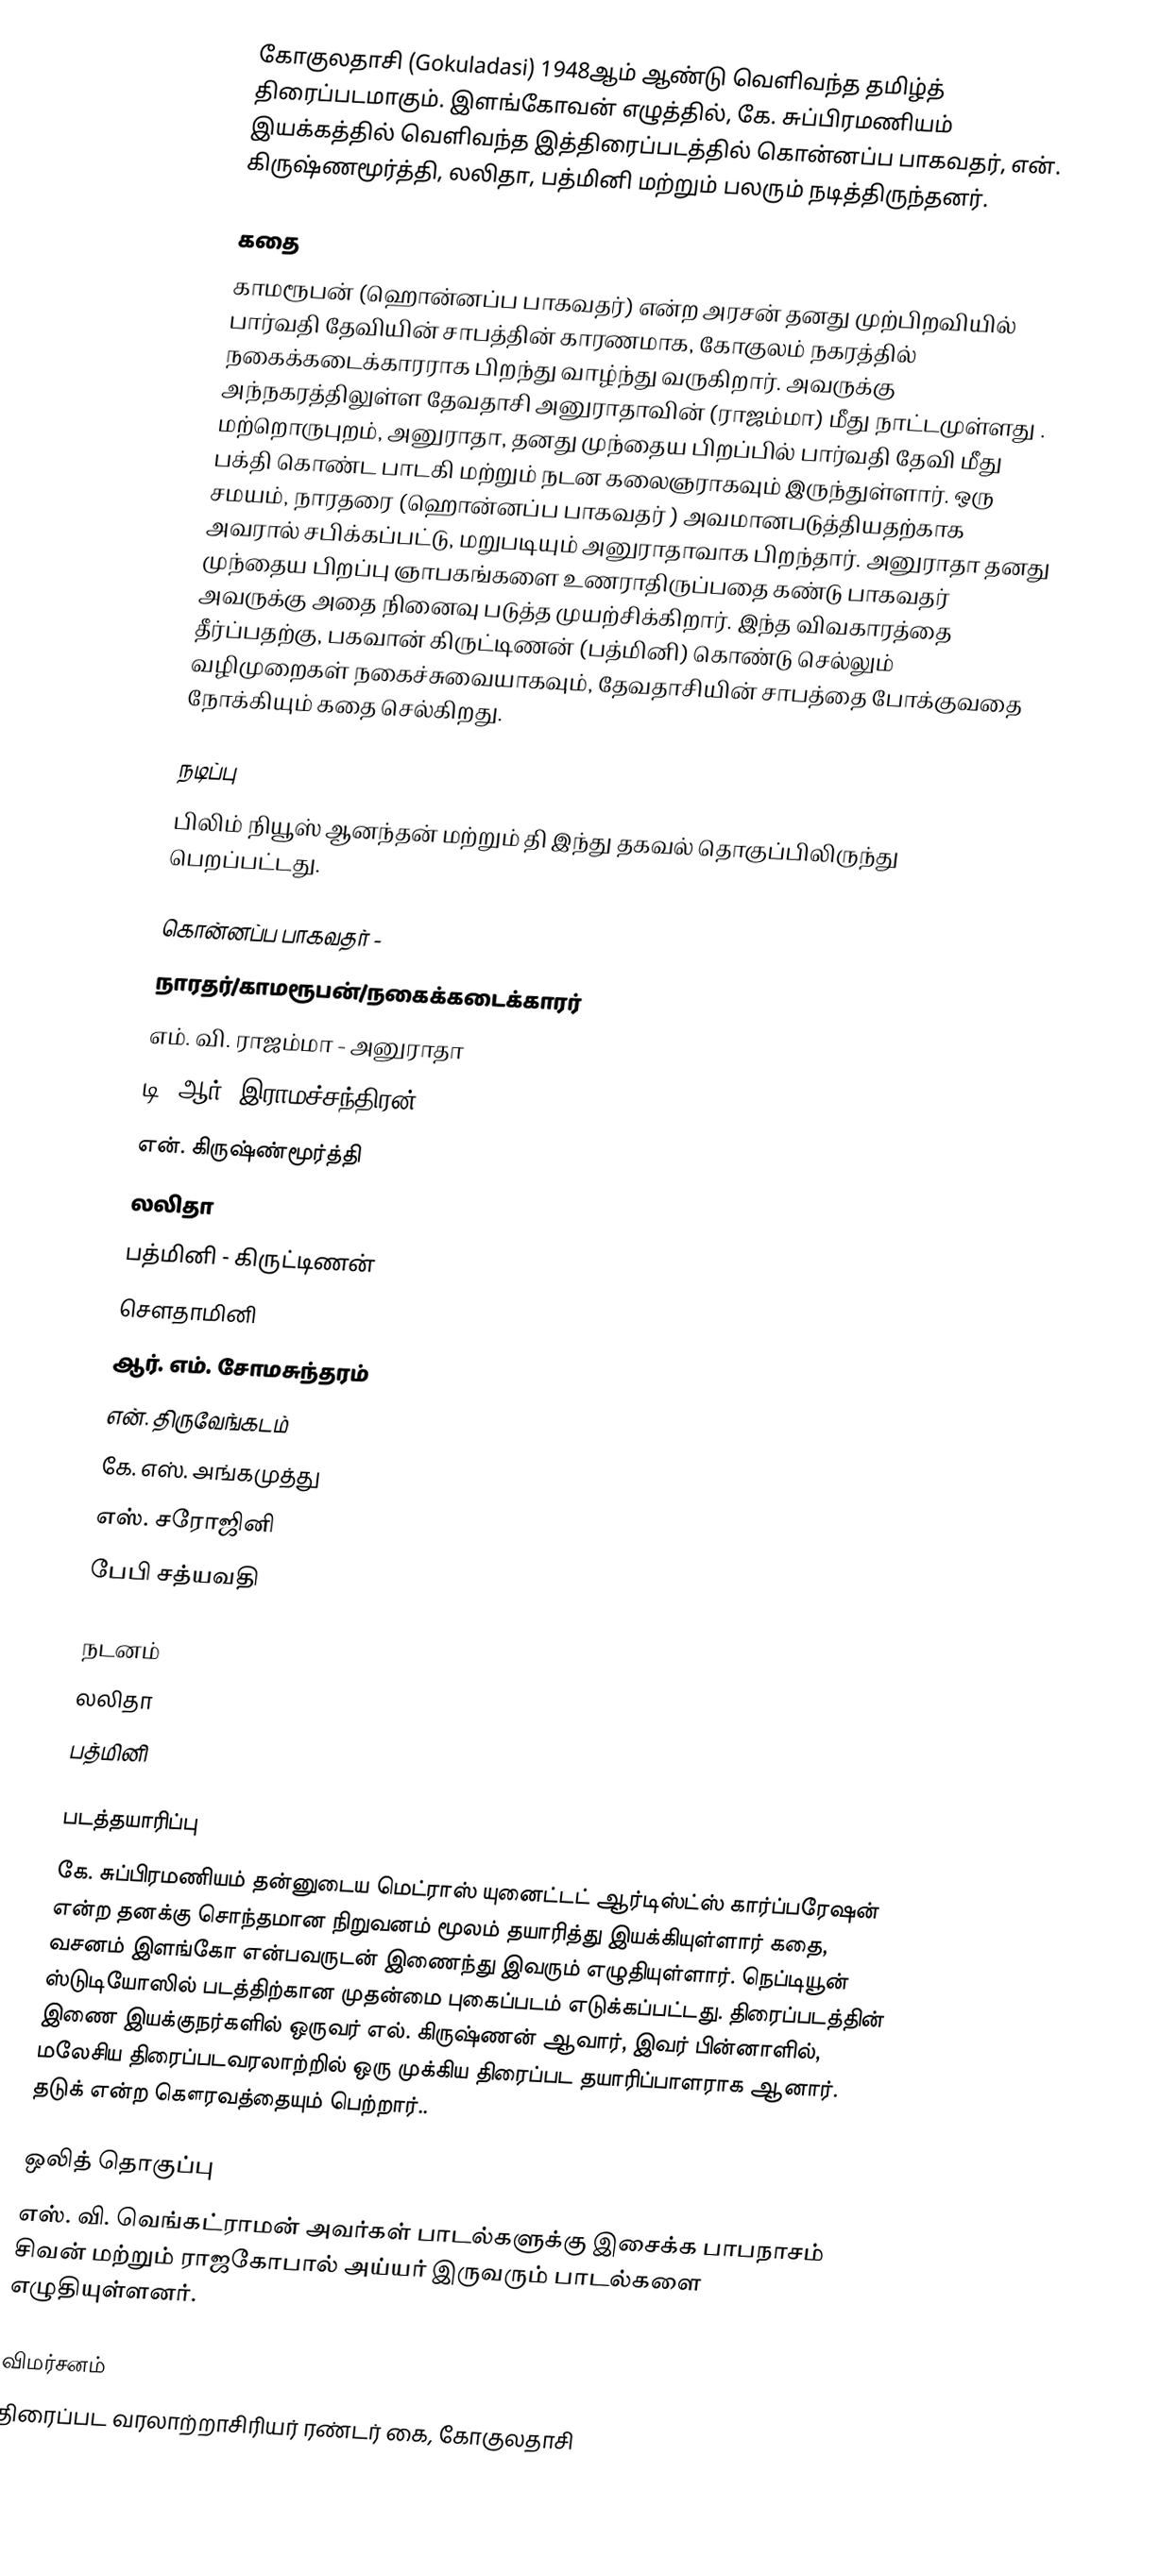
கோகுலதாசி (Gokuladasi)  1948ஆம் ஆண்டு வெளிவந்த தமிழ்த் திரைப்படமாகும்.  இளங்கோவன் எழுத்தில், கே. சுப்பிரமணியம் இயக்கத்தில் வெளிவந்த இத்திரைப்படத்தில் கொன்னப்ப பாகவதர், என். கிருஷ்ணமூர்த்தி, லலிதா, பத்மினி மற்றும் பலரும் நடித்திருந்தனர்.

கதை
காமரூபன் (ஹொன்னப்ப பாகவதர்) என்ற அரசன் தனது முற்பிறவியில் பார்வதி தேவியின் சாபத்தின் காரணமாக,  கோகுலம் நகரத்தில் நகைக்கடைக்காரராக பிறந்து வாழ்ந்து வருகிறார். அவருக்கு அந்நகரத்திலுள்ள தேவதாசி அனுராதாவின் (ராஜம்மா) மீது நாட்டமுள்ளது . மற்றொருபுறம்,  அனுராதா, தனது முந்தைய பிறப்பில் பார்வதி தேவி மீது பக்தி கொண்ட பாடகி மற்றும் நடன கலைஞராகவும் இருந்துள்ளார்.  ஒரு சமயம், நாரதரை (ஹொன்னப்ப பாகவதர் ) அவமானபடுத்தியதற்காக அவரால் சபிக்கப்பட்டு, மறுபடியும் அனுராதாவாக  பிறந்தார்.  அனுராதா தனது முந்தைய பிறப்பு ஞாபகங்களை உணராதிருப்பதை கண்டு பாகவதர் அவருக்கு அதை நினைவு படுத்த முயற்சிக்கிறார்.  இந்த விவகாரத்தை தீர்ப்பதற்கு, பகவான் கிருட்டிணன் (பத்மினி) கொண்டு செல்லும் வழிமுறைகள் நகைச்சுவையாகவும், தேவதாசியின் சாபத்தை போக்குவதை நோக்கியும் கதை செல்கிறது.

நடிப்பு
பிலிம் நியூஸ் ஆனந்தன் மற்றும்  தி இந்து தகவல் தொகுப்பிலிருந்து பெறப்பட்டது.

கொன்னப்ப பாகவதர் -
நாரதர்/காமரூபன்/நகைக்கடைக்காரர்
எம். வி. ராஜம்மா - அனுராதா
டி. ஆர். இராமச்சந்திரன்
என். கிருஷ்ண்மூர்த்தி
லலிதா
பத்மினி -  கிருட்டிணன்
செளதாமினி
ஆர். எம். சோமசுந்தரம்
என். திருவேங்கடம்
கே. எஸ். அங்கமுத்து
எஸ். சரோஜினி
பேபி சத்யவதி

நடனம்
லலிதா
பத்மினி

படத்தயாரிப்பு
கே. சுப்பிரமணியம் தன்னுடைய  மெட்ராஸ் யுனைட்டட் ஆர்டிஸ்ட்ஸ் கார்ப்பரேஷன் என்ற தனக்கு சொந்தமான நிறுவனம் மூலம் தயாரித்து இயக்கியுள்ளார்   கதை, வசனம் இளங்கோ என்பவருடன் இணைந்து இவரும் எழுதியுள்ளார். நெப்டியூன் ஸ்டுடியோஸில் படத்திற்கான முதன்மை புகைப்படம் எடுக்கப்பட்டது. திரைப்படத்தின் இணை இயக்குநர்களில் ஒருவர் எல். கிருஷ்ணன் ஆவார், இவர் பின்னாளில், மலேசிய திரைப்படவரலாற்றில் ஒரு முக்கிய திரைப்பட தயாரிப்பாளராக ஆனார். தடுக் என்ற கௌரவத்தையும் பெற்றார்..

ஒலித் தொகுப்பு
எஸ். வி. வெங்கட்ராமன் அவர்கள் பாடல்களுக்கு இசைக்க பாபநாசம் சிவன் மற்றும் ராஜகோபால் அய்யர் இருவரும் பாடல்களை எழுதியுள்ளனர்.

விமர்சனம்
திரைப்பட வரலாற்றாசிரியர் ரண்டர் கை, கோகுலதாசி